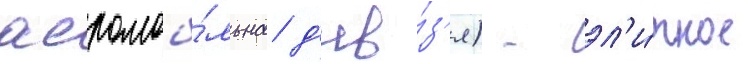
аеромоб́льна д'ив́з'я) - эл'и́тное